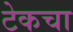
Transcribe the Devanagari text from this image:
टेकचा